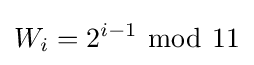
W_{i}=2^{i-1}\ {\bmod {\ }}{11}